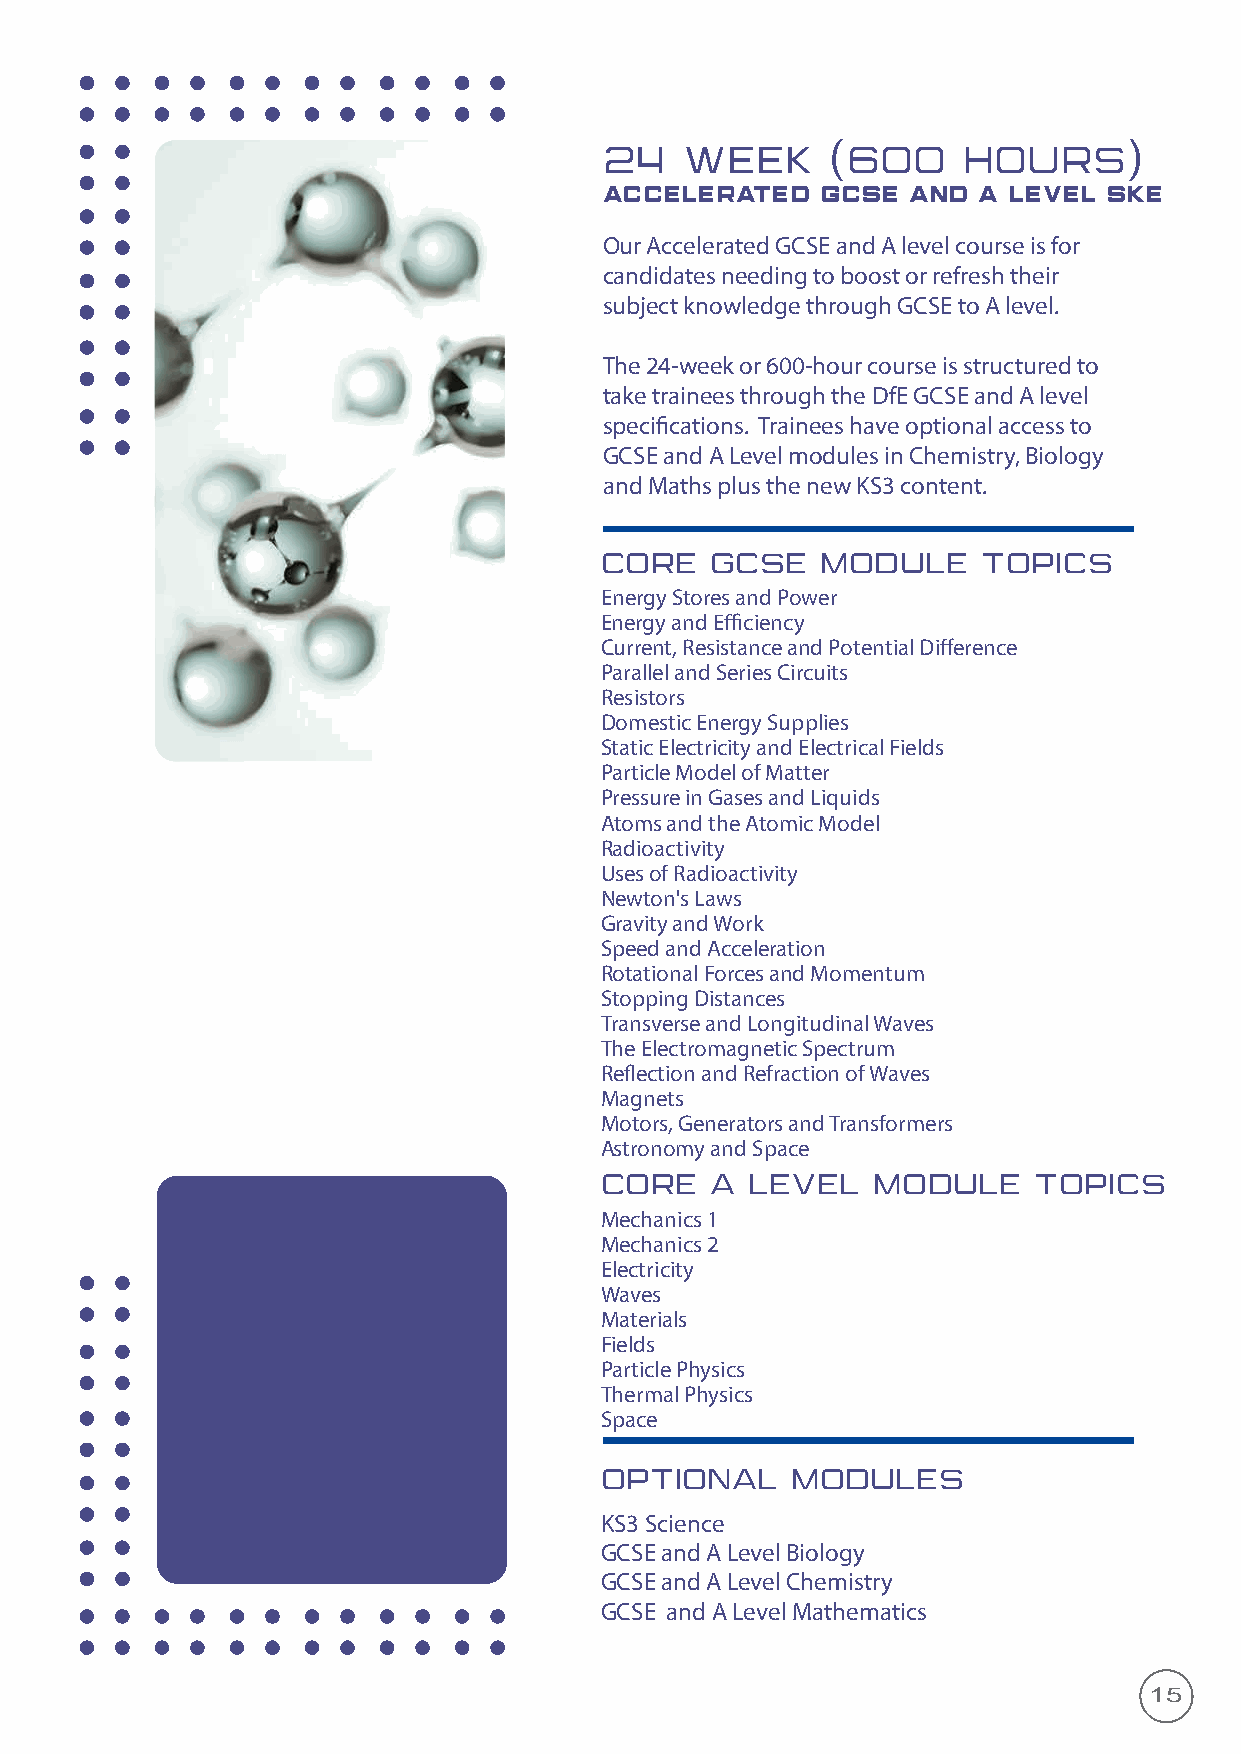
24   WEEK      (600     HOURS)
 ACCELERATED   GCSE  AND  A LEVEL SKE
 Our Accelerated GCSE and A level course is for
 candidates needing to boost or refresh their
 subject knowledge through GCSE to A level.
 The 24-week or 600-hour course is structured to
 take trainees through the DfE GCSE and A level
 specifications. Trainees have optional access to
 GCSE and A Level modules in Chemistry, Biology
 and Maths plus the new KS3 content.
 CORE   GCSE   MODULE     TOPICS
 Energy Stores and Power
 Energy and Efficiency
 Current, Resistance and Potential Difference
 Parallel and Series Circuits
 Resistors
 Domestic Energy Supplies
 Static Electricity and Electrical Fields
 Particle Model of Matter
 Pressure in Gases and Liquids
 Atoms and the Atomic Model
 Radioactivity
 Uses of Radioactivity
 Newton's Laws
 Gravity and Work
 Speed and Acceleration
 Rotational Forces and Momentum
 Stopping Distances
 Transverse and Longitudinal Waves
 The Electromagnetic Spectrum
 Reflection and Refraction of Waves
 Magnets
 Motors, Generators and Transformers
 Astronomy and Space
 CORE   A  LEVEL   MODULE    TOPICS
 Mechanics 1
 Mechanics 2
 Electricity
 Waves
 Materials
 Fields
 Particle Physics
 Thermal Physics
 Space
 OPTIONAL    MODULES
 KS3 Science
 GCSE and A Level Biology
 GCSE and A Level Chemistry
 GCSE and A Level Mathematics
 15